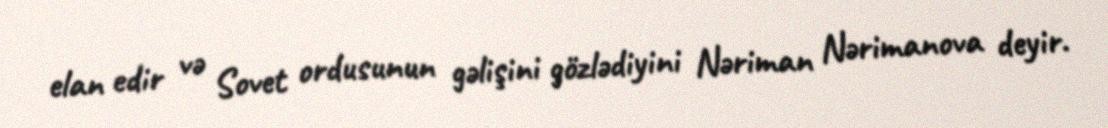
elan edir və Sovet ordusunun gəlişini gözlədiyini Nəriman Nərimanova deyir.